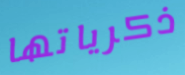
ذكرياتها